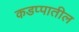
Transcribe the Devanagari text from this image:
कडप्पातील